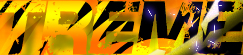
TREME